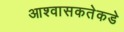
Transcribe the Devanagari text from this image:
आश्वासकतेकडे